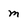
Character: m